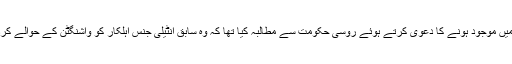
بعد ازاں امریکی حکام نے سنوڈن کے ماسکو میں موجود ہونے کا دعویٰ کرتے ہوئے روسی حکومت سے مطالبہ کیا تھا کہ وہ سابق انٹیلی جنس اہلکار کو واشنگٹن کے حوالے کردے تاکہ ان پر غداری کا مقدمہ چلایا جاسکے۔